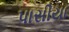
પાસીયા